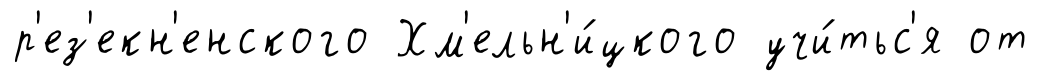
р'ез'екн'енского Хм'ельн'и́цкого учи́тьс'я от